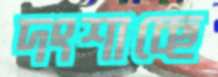
দংশাচ্ছে